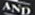
AND